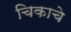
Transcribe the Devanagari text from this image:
चिकाचे